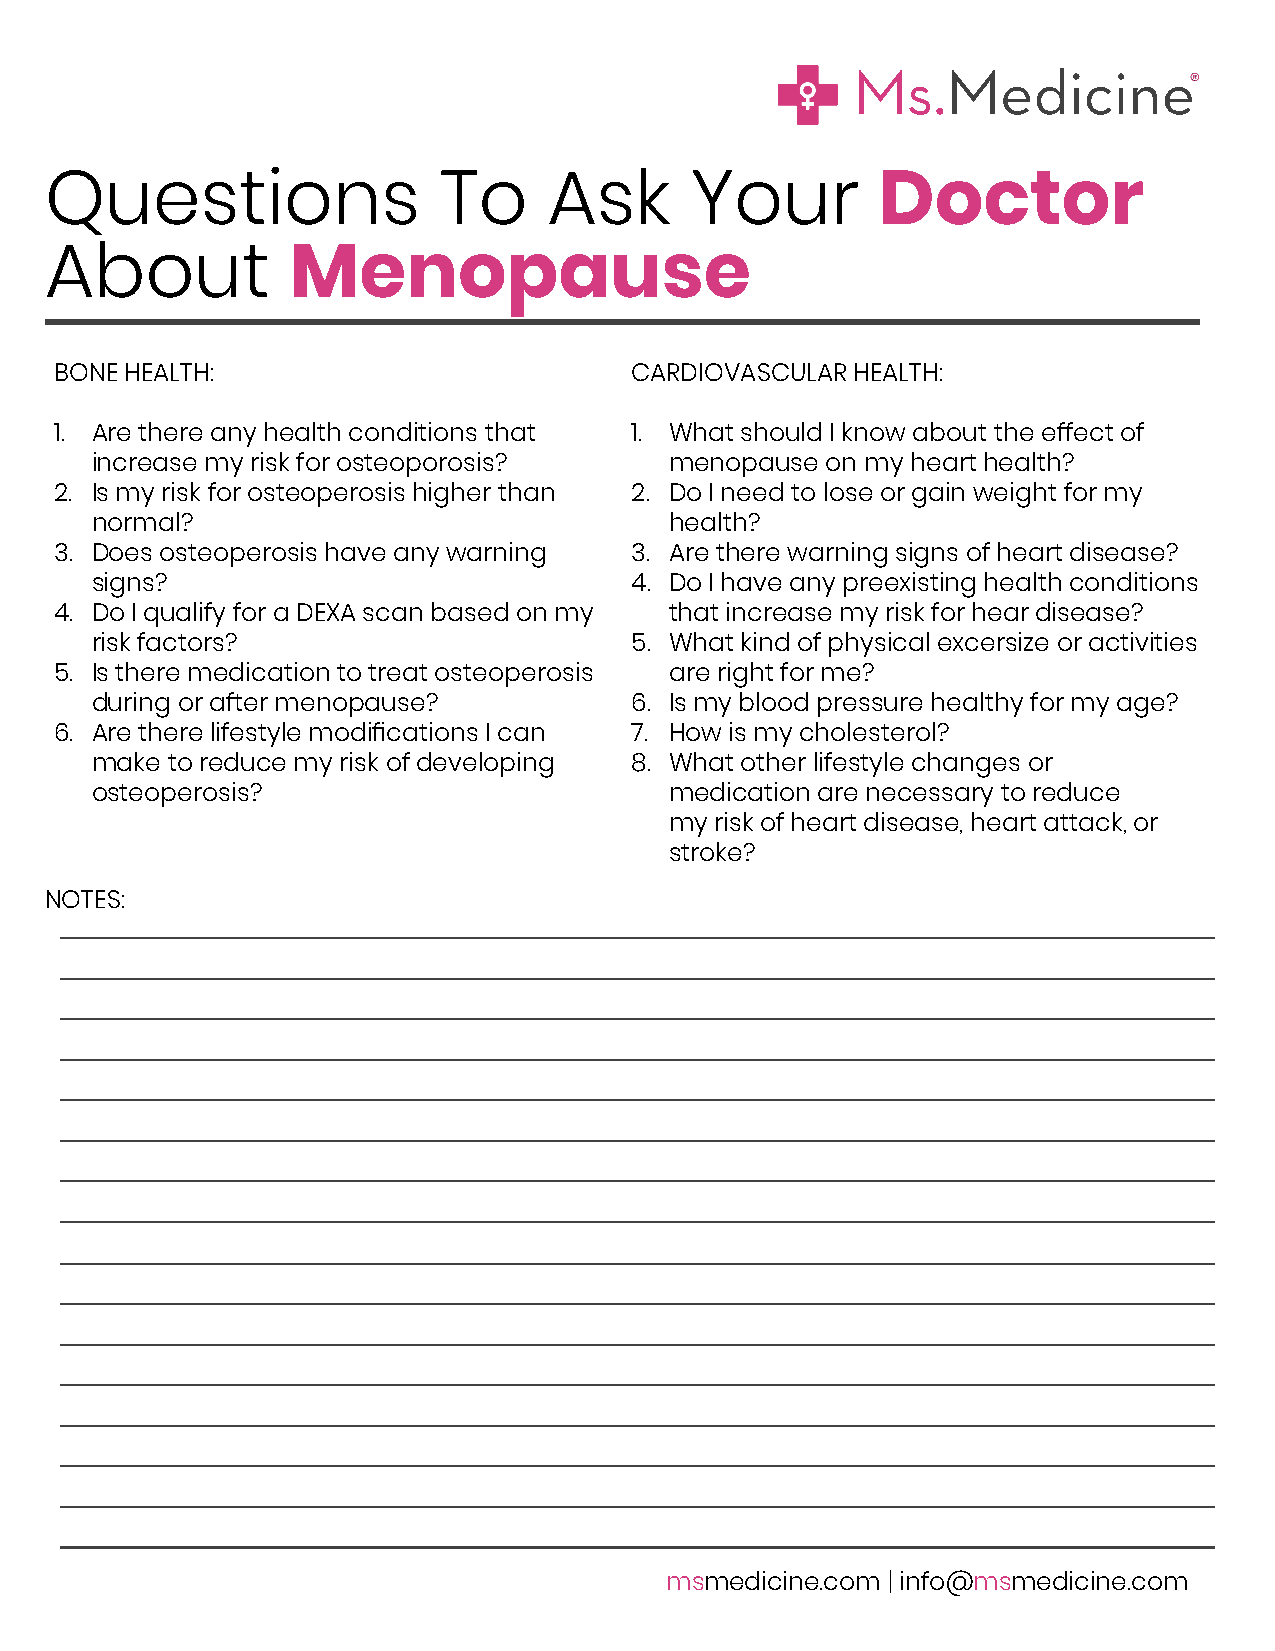
Questions                 To     Ask       Your        Doctor
 About           Menopause
 BONE HEALTH:                          CARDIOVASCULAR HEALTH:
 1. Are there any health conditions that 1. What should I know about the effect of
 increase my risk for osteoporosis?    menopause  on my heart health?
 2. Is my risk for osteoperosis higher than 2. Do I need to lose or gain weight for my
 normal?                               health?
 3. Does osteoperosis have any warning 3. Are there warning signs of heart disease?
 signs?                              4. Do I have any preexisting health conditions
 4. Do I qualify for a DEXA scan based on my that increase my risk for hear disease?
 risk factors?                       5. What kind of physical excersize or activities
 5. Is there medication to treat osteoperosis are right for me?
 during or after menopause?          6. Is my blood pressure healthy for my age?
 6. Are there lifestyle modifications I can 7. How is my cholesterol?
 make to reduce my risk of developing 8. What other lifestyle changes or
 osteoperosis?                         medication are necessary to reduce
 my risk of heart disease, heart attack, or
 stroke?
 NOTES:
 msmedicine.com | info@msmedicine.com